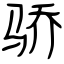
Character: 骄